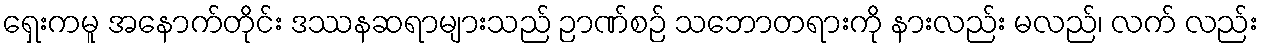
ရှေးကမူ အနောက်တိုင်း ဒဿနဆရာများသည် ဉာဏ်စဉ် သဘောတရားကို နားလည်း မလည်၊ လက် လည်း